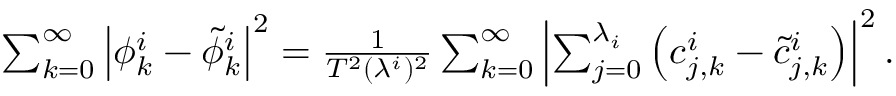
\begin{array} { r } { \sum _ { k = 0 } ^ { \infty } \left| \phi _ { k } ^ { i } - \tilde { \phi } _ { k } ^ { i } \right| ^ { 2 } = \frac { 1 } { T ^ { 2 } ( \lambda ^ { i } ) ^ { 2 } } \sum _ { k = 0 } ^ { \infty } \left| \sum _ { j = 0 } ^ { \lambda _ { i } } \left( c _ { j , k } ^ { i } - \tilde { c } _ { j , k } ^ { i } \right) \right| ^ { 2 } . } \end{array}